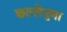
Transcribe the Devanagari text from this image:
छल्लेनुमा